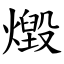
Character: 燬